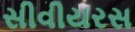
સીવીયરસ